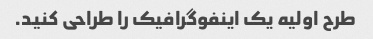
طرح اولیه یک اینفوگرافیک را طراحی کنید.